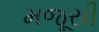
મજૂસી